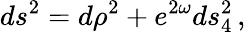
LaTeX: ds^{2}=d\rho^{2}+e^{2\omega}ds_{4}^{2}\, ,